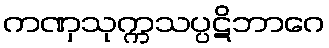
ကဏှသုက္ကသပ္ပဋိဘာဂေ